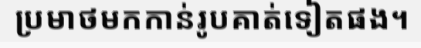
ប្រមាថមកកាន់រូបគាត់ទៀតផង។